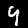
Digit: 9